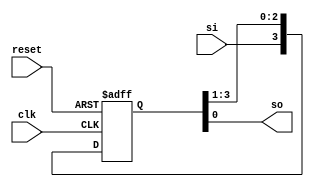
module siso(so,si,clk,reset);
output so;
input si,clk,reset;
reg [3:0]Q;
always @(posedge clk or posedge reset)
begin
if(reset)
Q<=4'b0000;
else
Q<={si,Q[3:1]};
end
assign so=Q[0];
endmodule